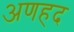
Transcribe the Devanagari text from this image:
अणहद